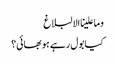
وما علینا الالبلاغ
کیا بول رہے ہو بھائی؟